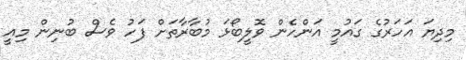
މިދިޔަ އަހަރުގެ ގައުމީ އަންހެން ވޮލީބޯޅަ މުބާރާތަށް ފަހު ވެސް ބުނިން މިއީ